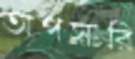
অপসারি